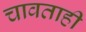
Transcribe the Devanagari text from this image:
चावताही